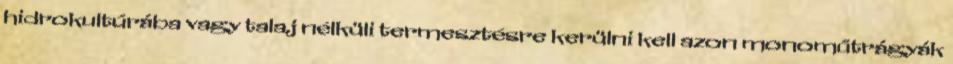
hidrokultúrába vagy talaj nélküli termesztésre kerülni kell azon monoműtrágyák